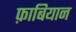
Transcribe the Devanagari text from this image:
फ़ाबियान